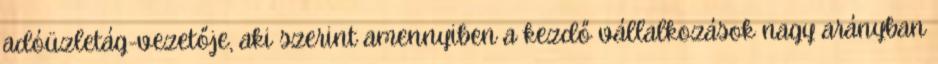
adóüzletág-vezetője, aki szerint amennyiben a kezdő vállalkozások nagy arányban